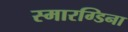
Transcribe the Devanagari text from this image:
स्मारग्डिना